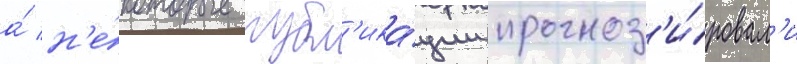
а́ н'е́которые публ'ика́ции прогноз'и́ровал'и